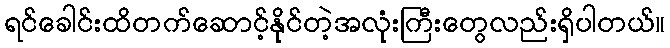
ရင်ခေါင်းထိတက်ဆောင့်နိုင်တဲ့အလုံးကြီးတွေလည်းရှိပါတယ်။